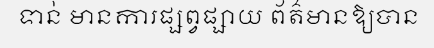
ទាន់ មានការផ្សព្វផ្សាយ ព័ត៌មានឱ្យបាន